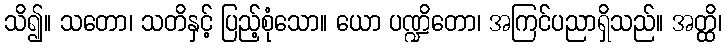
သိ၍။ သတော၊ သတိနှင့် ပြည့်စုံသော။ ယော ပဏ္ဍိတော၊ အကြင်ပညာရှိသည်။ အတ္ထိ၊